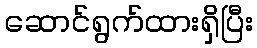
ဆောင်ရွက်ထားရှိပြီး